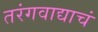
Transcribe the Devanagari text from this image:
तरंगवाद्याचं